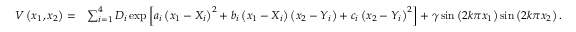
\begin{array} { r l } { V \left( x _ { 1 } , x _ { 2 } \right) = } & { \sum _ { i = 1 } ^ { 4 } D _ { i } \exp \left[ a _ { i } \left( x _ { 1 } - X _ { i } \right) ^ { 2 } + b _ { i } \left( x _ { 1 } - X _ { i } \right) \left( x _ { 2 } - Y _ { i } \right) + c _ { i } \left( x _ { 2 } - Y _ { i } \right) ^ { 2 } \right] + \gamma \sin \left( 2 k \pi x _ { 1 } \right) \sin \left( 2 k \pi x _ { 2 } \right) . } \end{array}